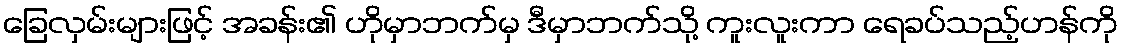
ခြေလှမ်းများဖြင့် အခန်း၏ ဟိုမှာဘက်မှ ဒီမှာဘက်သို့ ကူးလူးကာ ရေခပ်သည့်ဟန်ကို